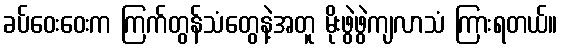
ခပ်ဝေးဝေးက ကြက်တွန်သံတွေနဲ့အတူ မိုးဖွဲဖွဲကျလာသံ ကြားရတယ်။